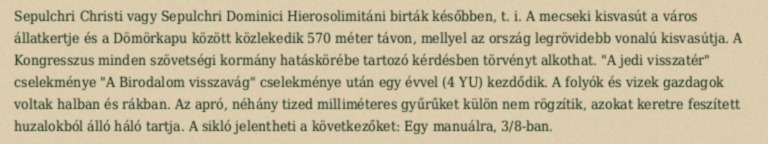
Sepulchri Christi vagy Sepulchri Dominici Hierosolimitáni birták későbben, t. i. A mecseki kisvasút a város állatkertje és a Dömörkapu között közlekedik 570 méter távon, mellyel az ország legrövidebb vonalú kisvasútja. A Kongresszus minden szövetségi kormány hatáskörébe tartozó kérdésben törvényt alkothat. "A jedi visszatér" cselekménye "A Birodalom visszavág" cselekménye után egy évvel (4 YU) kezdődik. A folyók és vizek gazdagok voltak halban és rákban. Az apró, néhány tized milliméteres gyűrűket külön nem rögzítik, azokat keretre feszített huzalokból álló háló tartja. A sikló jelentheti a következőket: Egy manuálra, 3/8-ban.